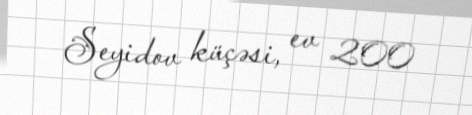
Seyidov küçəsi, ev 200